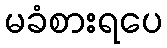
မခံစားရပေ